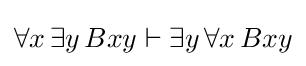
\forall x\,\exists y\,Bxy\vdash \exists y\,\forall x\,Bxy